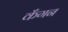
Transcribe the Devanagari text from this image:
कँगन